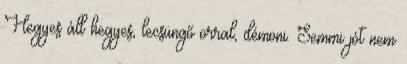
Hegyes áll hegyes, lecsüngő orral, démoni. Semmi jót nem